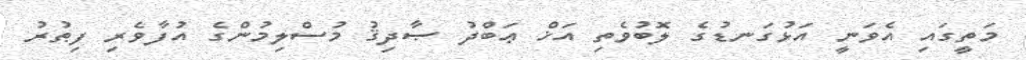
މަތީގައި އެވަނީ އަޅުގަނޑުގެ ލޮބުވެތި އަޚް ޢަބްދު ޞާދިޤު މުސްލިމުންގެ އުފާވެރި ފިޠުރު